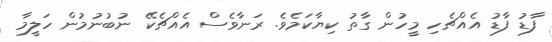
ފާޑު ފާޑު އެއްޗެހި މީހުން ގާތު ކިޔާކަމެވެ. ރަނާވެސް އެއްޗެކޭ ނުބުނުމުން ހަލީމާ